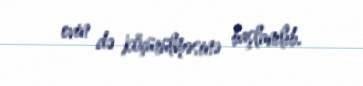
evin də köçürülməsinə başlanılıb.